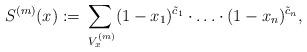
LaTeX: \begin{align*}S^{(m)}(x):=\sum_{\,\,V_x^{(m)} }(1-x_1)^{\tilde c_1}\cdot\ldots\cdot (1-x_n)^{\tilde c_n}, \end{align*}